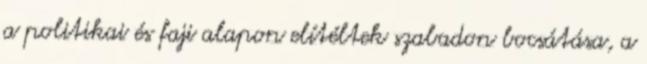
a politikai és faji alapon elítéltek szabadon bocsátása, a